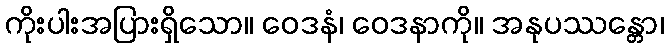
ကိုးပါးအပြားရှိသော။ ဝေဒနံ၊ ဝေဒနာကို။ အနုပဿန္တော၊